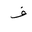
Letter: _fa